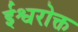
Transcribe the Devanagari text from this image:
ईश्वरोक्त